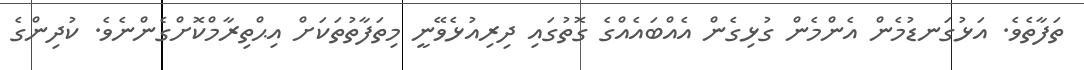
ތަފާތެވެ. އަޅުގަނޑުމެން އެންމެން ގުޅިގެން އެއްބައެއްގެ ގޮތުގައި ދިރިއުޅެވޭނީ މިތަފާތުތަކަށް އިޙްތިރާމްކޮށްގެންނެވެ. ކުދިންގެ